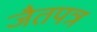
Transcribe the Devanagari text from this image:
जैतपत्र